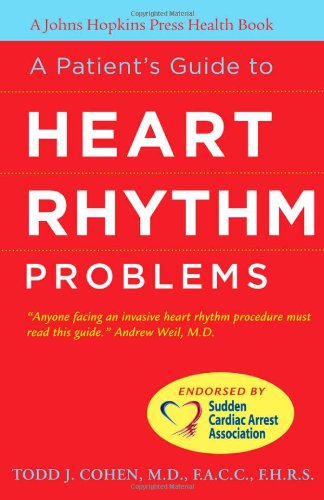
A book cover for A Patient's Guide to Heart Rhythm Problems (A Johns Hopkins Press Health Book); Todd J. Cohen; Health, Fitness & Dieting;